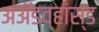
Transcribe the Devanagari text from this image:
अॲडव्हांस्ड